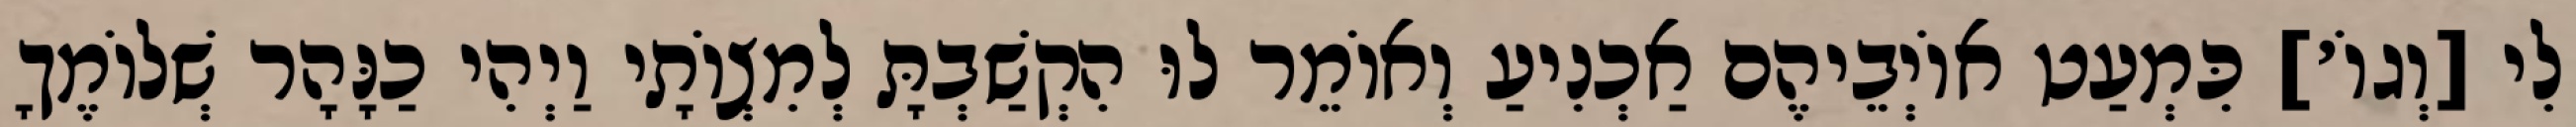
לִי [וְגוֹ׳] כִּמְעַט אוֹיְבֵיהֶם אַכְנִיעַ וְאוֹמֵר לוּ הִקְשַׁבְתָּ לְמִצְוֹתָי וַיְהִי כַנָּהָר שְׁלוֹמֶךָ